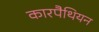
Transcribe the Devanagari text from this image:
कारपैथियन